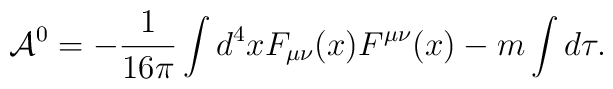
{\cal A}^0 = -\frac{1}{16 \pi} \int d^4x F_{\mu\nu}(x) F^{\mu\nu}(x)   - m \int d\tau.